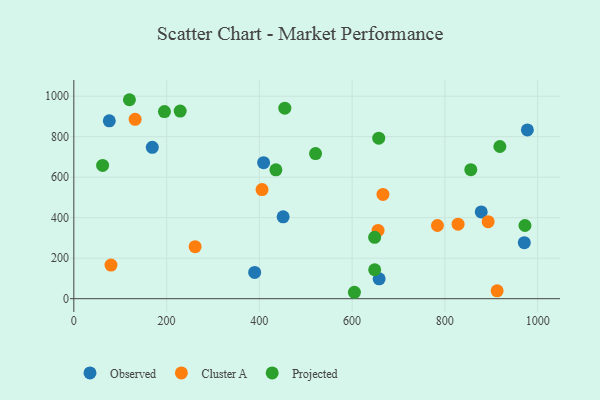
{"axis": {"x": "Price", "y": "Yield"}, "legend": ["Cluster A", "Observed", "Projected"], "data": [{"x": "878.4", "y": 428.6, "type": "Observed"}, {"x": "658.3", "y": 98.2, "type": "Observed"}, {"x": "389.9", "y": 129.9, "type": "Observed"}, {"x": "76.5", "y": 878.3, "type": "Observed"}, {"x": "409.2", "y": 671.8, "type": "Observed"}, {"x": "971.3", "y": 276.8, "type": "Observed"}, {"x": "169.2", "y": 747.4, "type": "Observed"}, {"x": "977.9", "y": 833.5, "type": "Observed"}, {"x": "451.3", "y": 404.2, "type": "Observed"}, {"x": "261.5", "y": 256.9, "type": "Cluster A"}, {"x": "656.0", "y": 337.2, "type": "Cluster A"}, {"x": "828.5", "y": 367.8, "type": "Cluster A"}, {"x": "405.8", "y": 538.6, "type": "Cluster A"}, {"x": "912.7", "y": 39.0, "type": "Cluster A"}, {"x": "80.1", "y": 165.9, "type": "Cluster A"}, {"x": "784.0", "y": 361.5, "type": "Cluster A"}, {"x": "132.2", "y": 885.5, "type": "Cluster A"}, {"x": "666.5", "y": 515.1, "type": "Cluster A"}, {"x": "893.3", "y": 380.5, "type": "Cluster A"}, {"x": "648.6", "y": 303.2, "type": "Projected"}, {"x": "521.2", "y": 716.8, "type": "Projected"}, {"x": "435.7", "y": 636.3, "type": "Projected"}, {"x": "605.0", "y": 31.7, "type": "Projected"}, {"x": "62.1", "y": 658.3, "type": "Projected"}, {"x": "195.4", "y": 924.2, "type": "Projected"}, {"x": "657.4", "y": 792.6, "type": "Projected"}, {"x": "119.9", "y": 982.5, "type": "Projected"}, {"x": "972.7", "y": 361.4, "type": "Projected"}, {"x": "918.6", "y": 751.5, "type": "Projected"}, {"x": "229.3", "y": 926.3, "type": "Projected"}, {"x": "648.7", "y": 142.9, "type": "Projected"}, {"x": "855.9", "y": 636.9, "type": "Projected"}, {"x": "454.9", "y": 940.6, "type": "Projected"}]}